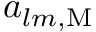
a _ { l m , \mathrm { M } }